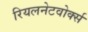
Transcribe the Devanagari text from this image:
रियलनेटवोर्क्स